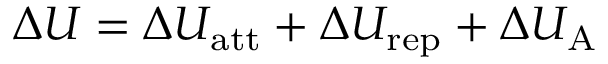
\Delta U = \Delta U _ { { \mathrm { a t t } } } + \Delta U _ { { \mathrm { r e p } } } + \Delta U _ { \mathrm { A } }